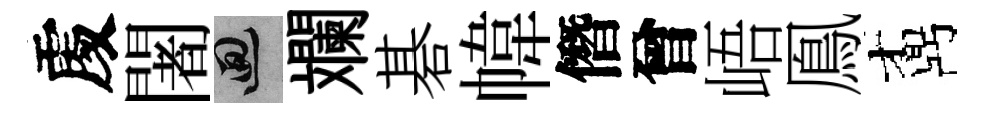
𠁅闍回斕碁幃僭曾峿鳯鼒